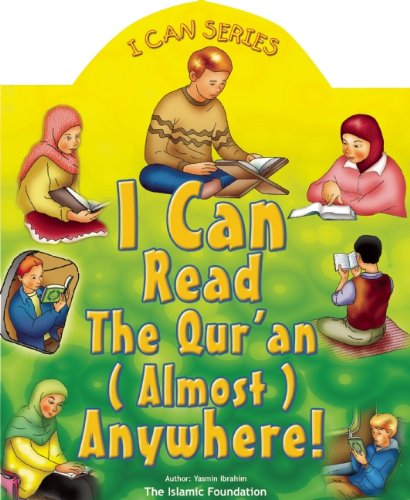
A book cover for I Can Read the Qur'an Anywhere!; Yasmin Ibrahim; Children's Books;